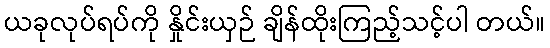
ယခုလုပ်ရပ်ကို နှိုင်းယှဉ် ချိန်ထိုးကြည့်သင့်ပါ တယ်။